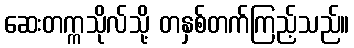
ဆေးတက္ကသိုလ်သို့ တနှစ်တက်ကြည့်သည်။